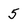
Character: 5